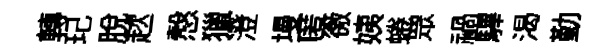
轉玘脫趑慤獵澄墁匿徼姨蜷眾禍驆渴勤